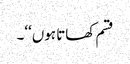
قسم کھاتا ہوں‘‘۔